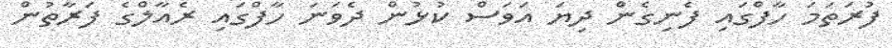
ފުރަތަމަ ހާފްގައި ފެނިގެން ދިޔަ އަވަސް ކުޅުން ދެވަނަ ހާފްގައި ރެއާލްގެ ފަރާތުން